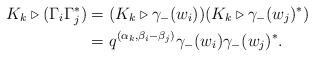
LaTeX: \begin{align*}K_k \triangleright (\Gamma_i \Gamma_j^*) & = (K_k \triangleright \gamma_-(w_i)) (K_k \triangleright \gamma_-(w_j)^*)\\ & = q^{(\alpha_k, \beta_i - \beta_j)} \gamma_-(w_i) \gamma_-(w_j)^*.\end{align*}